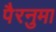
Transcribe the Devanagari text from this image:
पैरनुमा